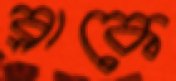
ব্লাকে